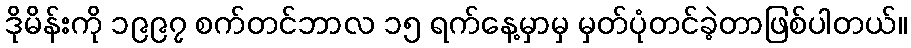
ဒိုမိန်းကို ၁၉၉၇ စက်တင်ဘာလ ၁၅ ရက်နေ့မှာမှ မှတ်ပုံတင်ခဲ့တာဖြစ်ပါတယ်။